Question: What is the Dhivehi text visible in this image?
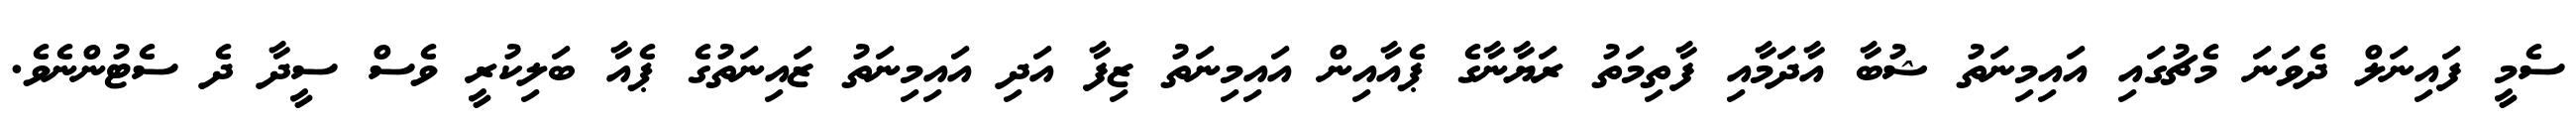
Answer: ސެމީ ފައިނަލް ދެވަނަ މެޗުގައި އައިމިނަތު ޝުބާ އާދަމާއި ފާތިމަތު ރަޔާނާގެ ޕެއާއިން އައިމިނަތު ޒިފާ އަދި އައިމިނަތު ޒައިނަތުގެ ޕެއާ ބަލިކުރީ ވެސް ސީދާ ދެ ސެޓުންނެވެ.